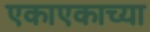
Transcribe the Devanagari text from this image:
एकाएकाच्या